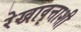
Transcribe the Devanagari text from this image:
रेखावृत्ताशी